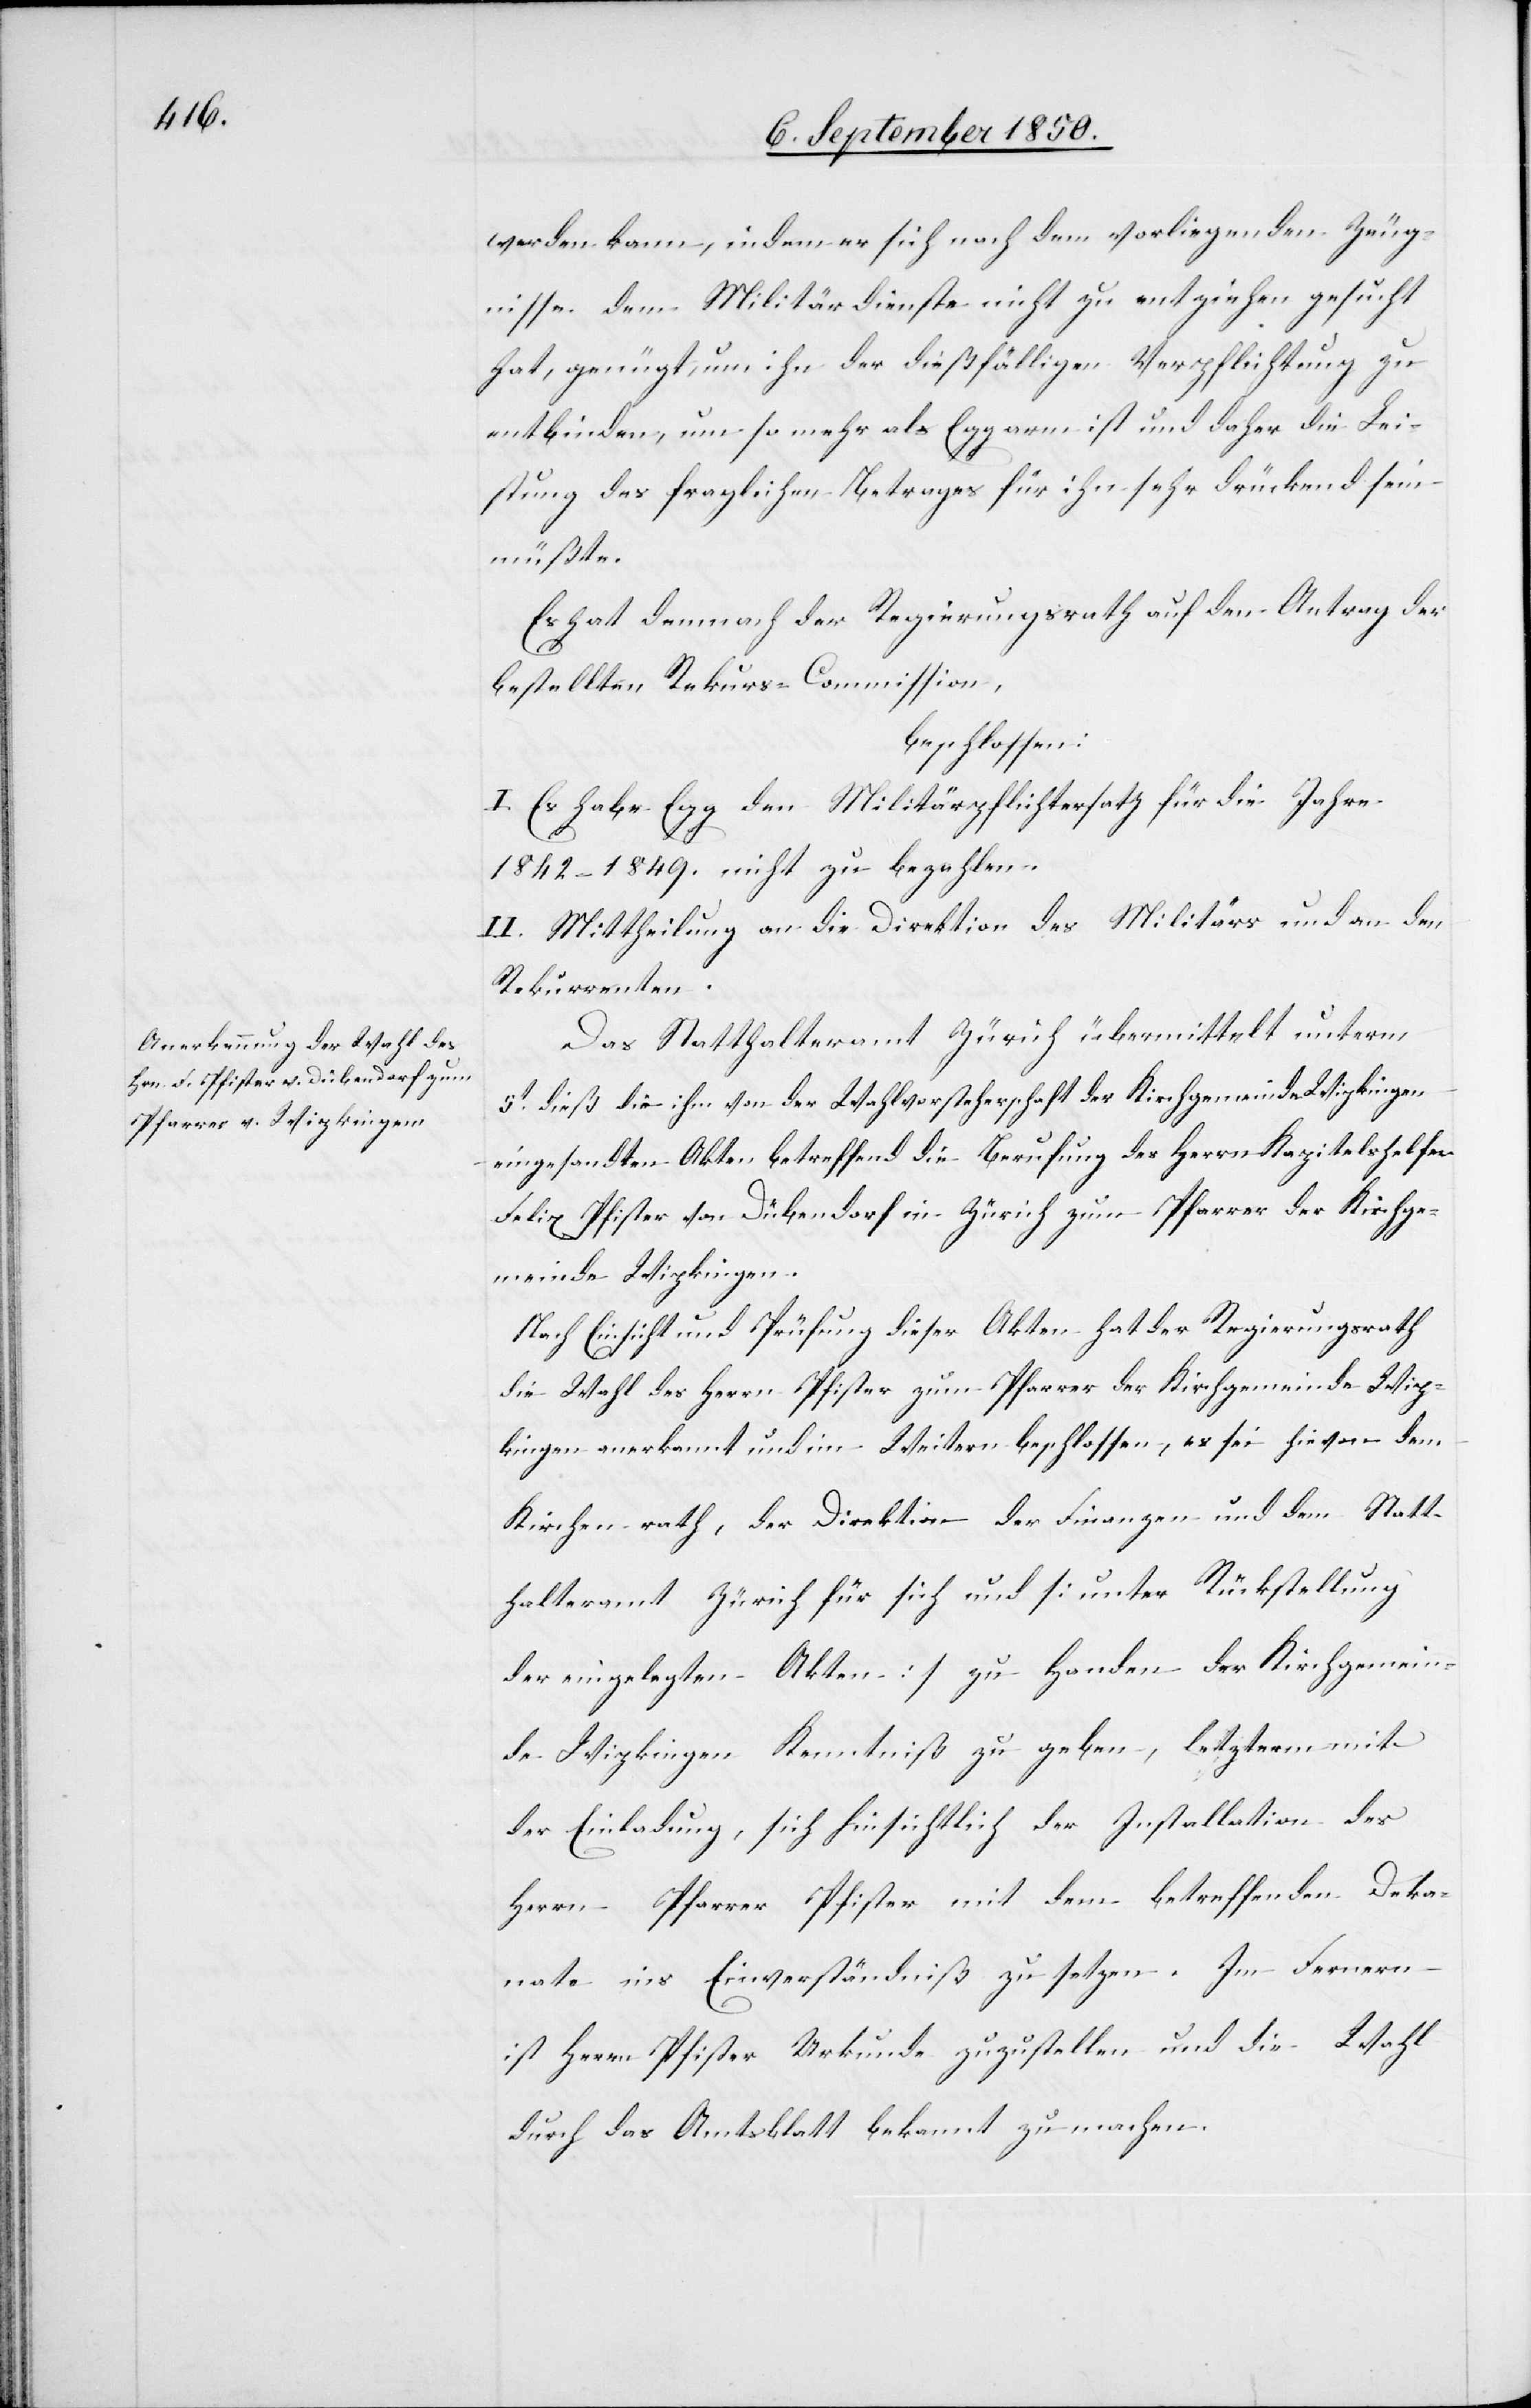
werden kann, indem er sich nach dem vorliegenden Zeug¬
nisse dem Militärdienste nicht zu entziehen gesucht
hat, genügt, um ihn der dießfälligen Verpflichtung zu
entbinden, um so mehr als Egg arm ist und daher die Lei¬
stung des fraglichen Betrages für ihn sehr drückend sein
müßte.
Es hat demnach der Regierungsrath auf den Antrag der
bestellten Rekurs Commission,
beschlossen:
I. Es habe Egg den Militärpflichtersatz für die Jahre
1842–1849. nicht zu bezahlen.
II. Mittheilung an die Direktion des Militärs und an den
Rekurrenten.
Das Statthalteramt Zürich übermittelt unterm
5t dieß die ihm von der Wahlvorsteherschaft der Kirchgemeinde Wipkingen
eingesandten Akten betreffend die Berufung des Herrn Kapitelshelfer
Felix Pfister von Dübendorf in Zürich zum Pfarrer der Kirchge¬
meinde Wipkingen.
Nach Einsicht und Prüfung dieser Akten hat der Regierungsrath
die Wahl des Herrn Pfister zum Pfarrer der Kirchgemeinde Wip¬
kingen anerkannt und im Weitern beschlossen, es sei hievon dem
Kirchenrath, der Direktion der Finanzen und dem Statt¬
halteramt Zürich für sich und [unter Rückstellung
der eingelegten Akten] zu Handen der Kirchgemein¬
de Wipkingen Kenntniß zu geben, letzterm mit
der Einladung, sich hinsichtlich der Installation des
Herrn Pfarrer Pfister mit dem betreffenden Deka¬
nate ins Einverständniß zu setzen. Im Fernern
ist Herrn Pfister Urkunde zuzustellen und die Wahl
durch das Amtsblatt bekannt zu machen.